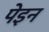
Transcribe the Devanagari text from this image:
पेइन